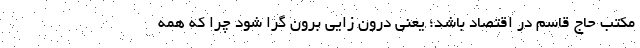
مکتب حاج قاسم در اقتصاد باشد؛ یعنی درون زایی برون گرا شود چرا که همه